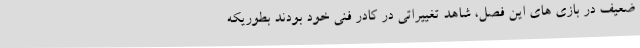
ضعیف در بازی های این فصل، شاهد تغییراتی در کادر فنی خود بودند بطوریکه